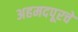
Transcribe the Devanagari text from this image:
अहमदपूरचे